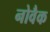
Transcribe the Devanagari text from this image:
नोवैक